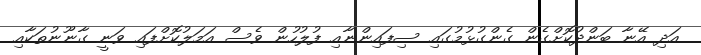
އަދި އޭނާ ބަންދުކޮށްގެން ގެންގުޅުމުގައި ސިފައިންނާއި ފުލުހުން ވެސް އަމަލުކޮށްފައި ވަނީ ގާނޫނުތަކާއި